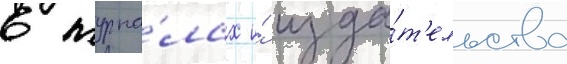
в журна́лах и́ изда́т'ельства